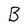
Character: B